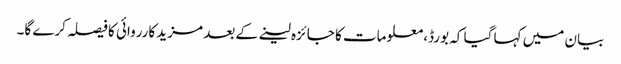
بیان میں کہا گیا کہ بورڈ، معلومات کا جائزہ لینے کے بعد مزید کارروائی کا فیصلہ کرے گا۔